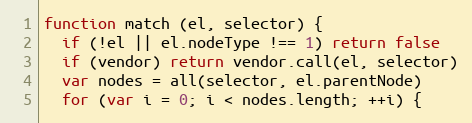
Language: JavaScript
function match (el, selector) {
  if (!el || el.nodeType !== 1) return false
  if (vendor) return vendor.call(el, selector)
  var nodes = all(selector, el.parentNode)
  for (var i = 0; i < nodes.length; ++i) {